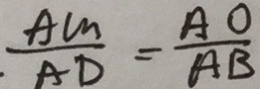
\frac { A M } { A D } = \frac { A O } { A B }